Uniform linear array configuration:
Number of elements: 48
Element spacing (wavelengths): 0.75
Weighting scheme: kaiser
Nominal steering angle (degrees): -60
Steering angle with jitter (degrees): -59.381
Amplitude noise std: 0.05
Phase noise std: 0.05

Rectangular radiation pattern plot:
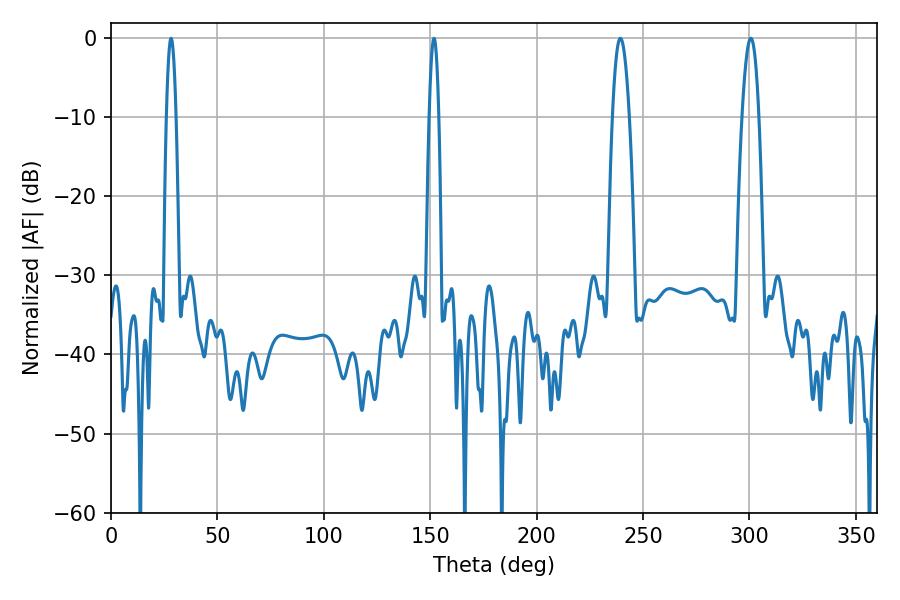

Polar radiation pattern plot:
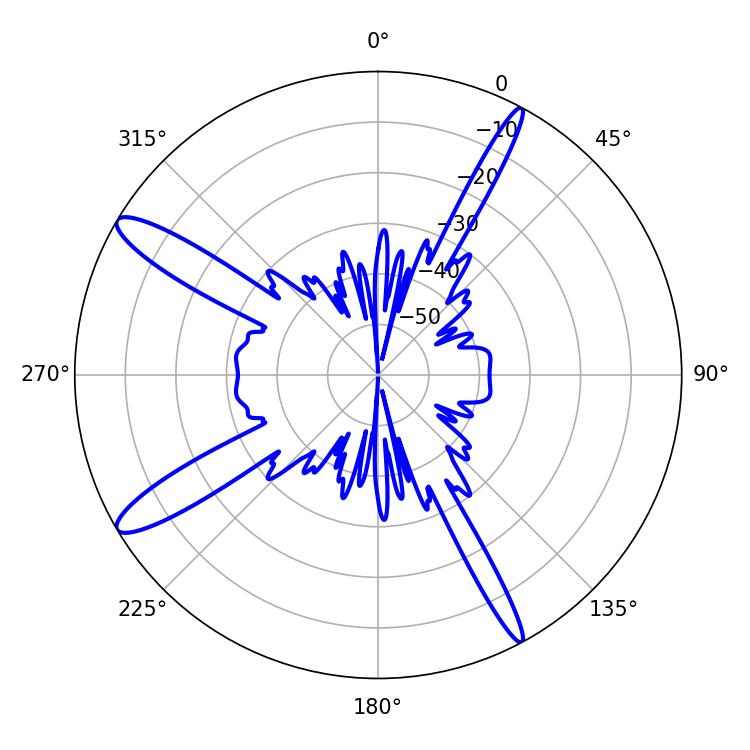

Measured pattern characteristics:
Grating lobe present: TRUE
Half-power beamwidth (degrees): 4.32
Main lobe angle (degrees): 239.4